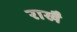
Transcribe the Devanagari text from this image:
राखै